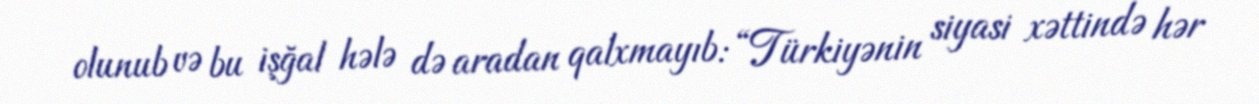
olunub və bu işğal hələ də aradan qalxmayıb: “Türkiyənin siyasi xəttində hər